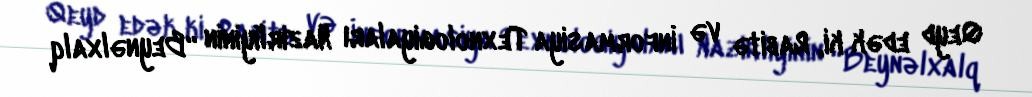
Qeyd edək ki, Rabitə və İnformasiya Texnologiyaları Nazirliyinin “Beynəlxalq